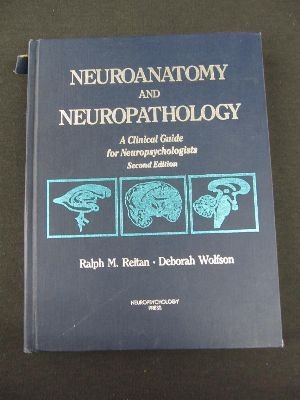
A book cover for Neuroanatomy and Neuropathology: A Clinical Guide for Neuropsychologists; Ralph Reitan; Medical Books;